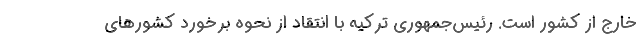
خارج از کشور است. رئیس‌جمهوری ترکیه با انتقاد از نحوه برخورد کشورهای